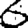
Digit: 6